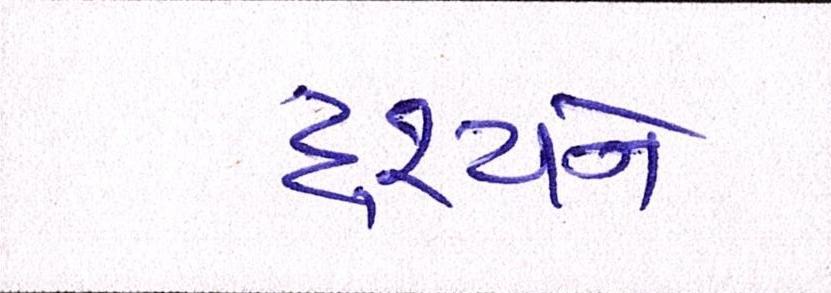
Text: દૃશ્યને